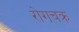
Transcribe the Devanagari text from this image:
रोगचक्र